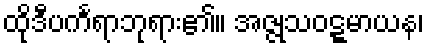
ထိုဒီပင်္ကရာဘုရား၏။ အဇ္ဇုသဝဋ္ဋမာယန၊